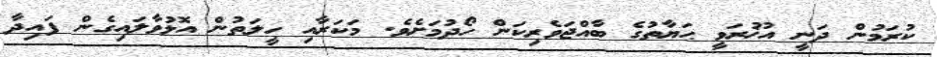
ކުރަމުން ދަނީ އުޚުރަވީ ޙަޔާތުގެ ބާއްޖަވެރިކަން ހޯދުމަށެވެ. މަކަރާއި ހީލަތުން އޮޅުވާލައިގެން ފައިދާ